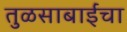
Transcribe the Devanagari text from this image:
तुळसाबाईंचा